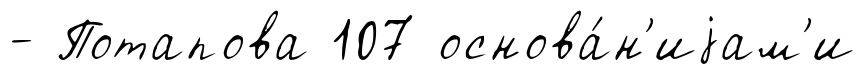
- Потапова 107 основа́н'иjам'и